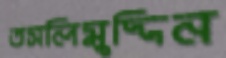
তসলিমুদ্দিন